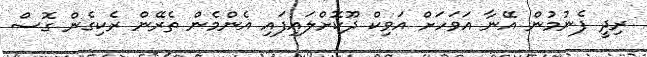
ރިދީ ފެނުމުން އޭނާ އަވަހަށް އަވިކް ދޫކޮށްލައިފައި އެންމެން ތެރޭން ރެކިގެން ގޮސް